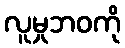
လူမှုဘဝကို